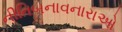
નીતિબનાવનારાઓ